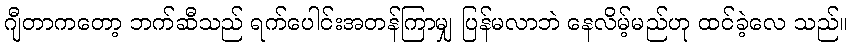
ဂျီတာကတော့ ဘက်ဆီသည် ရက်ပေါင်းအတန်ကြာမျှ ပြန်မလာဘဲ နေလိမ့်မည်ဟု ထင်ခဲ့လေ သည်။